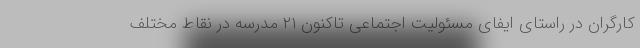
کارگران در راستای ایفای مسئولیت اجتماعی تاکنون ۲۱ مدرسه در نقاط مختلف